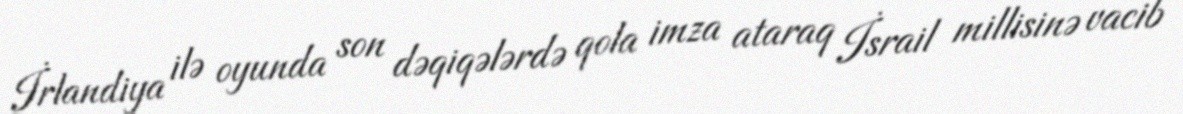
İrlandiya ilə oyunda son dəqiqələrdə qola imza ataraq İsrail millisinə vacib